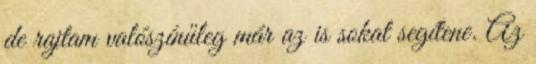
de rajtam valószínűleg már az is sokat segítene. Az